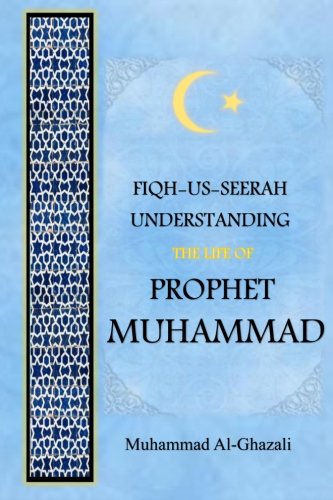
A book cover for Fiqh-us-Seerah: Understanding the Life of Prophet Muhammad; Muhammad Ghazali; Religion & Spirituality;